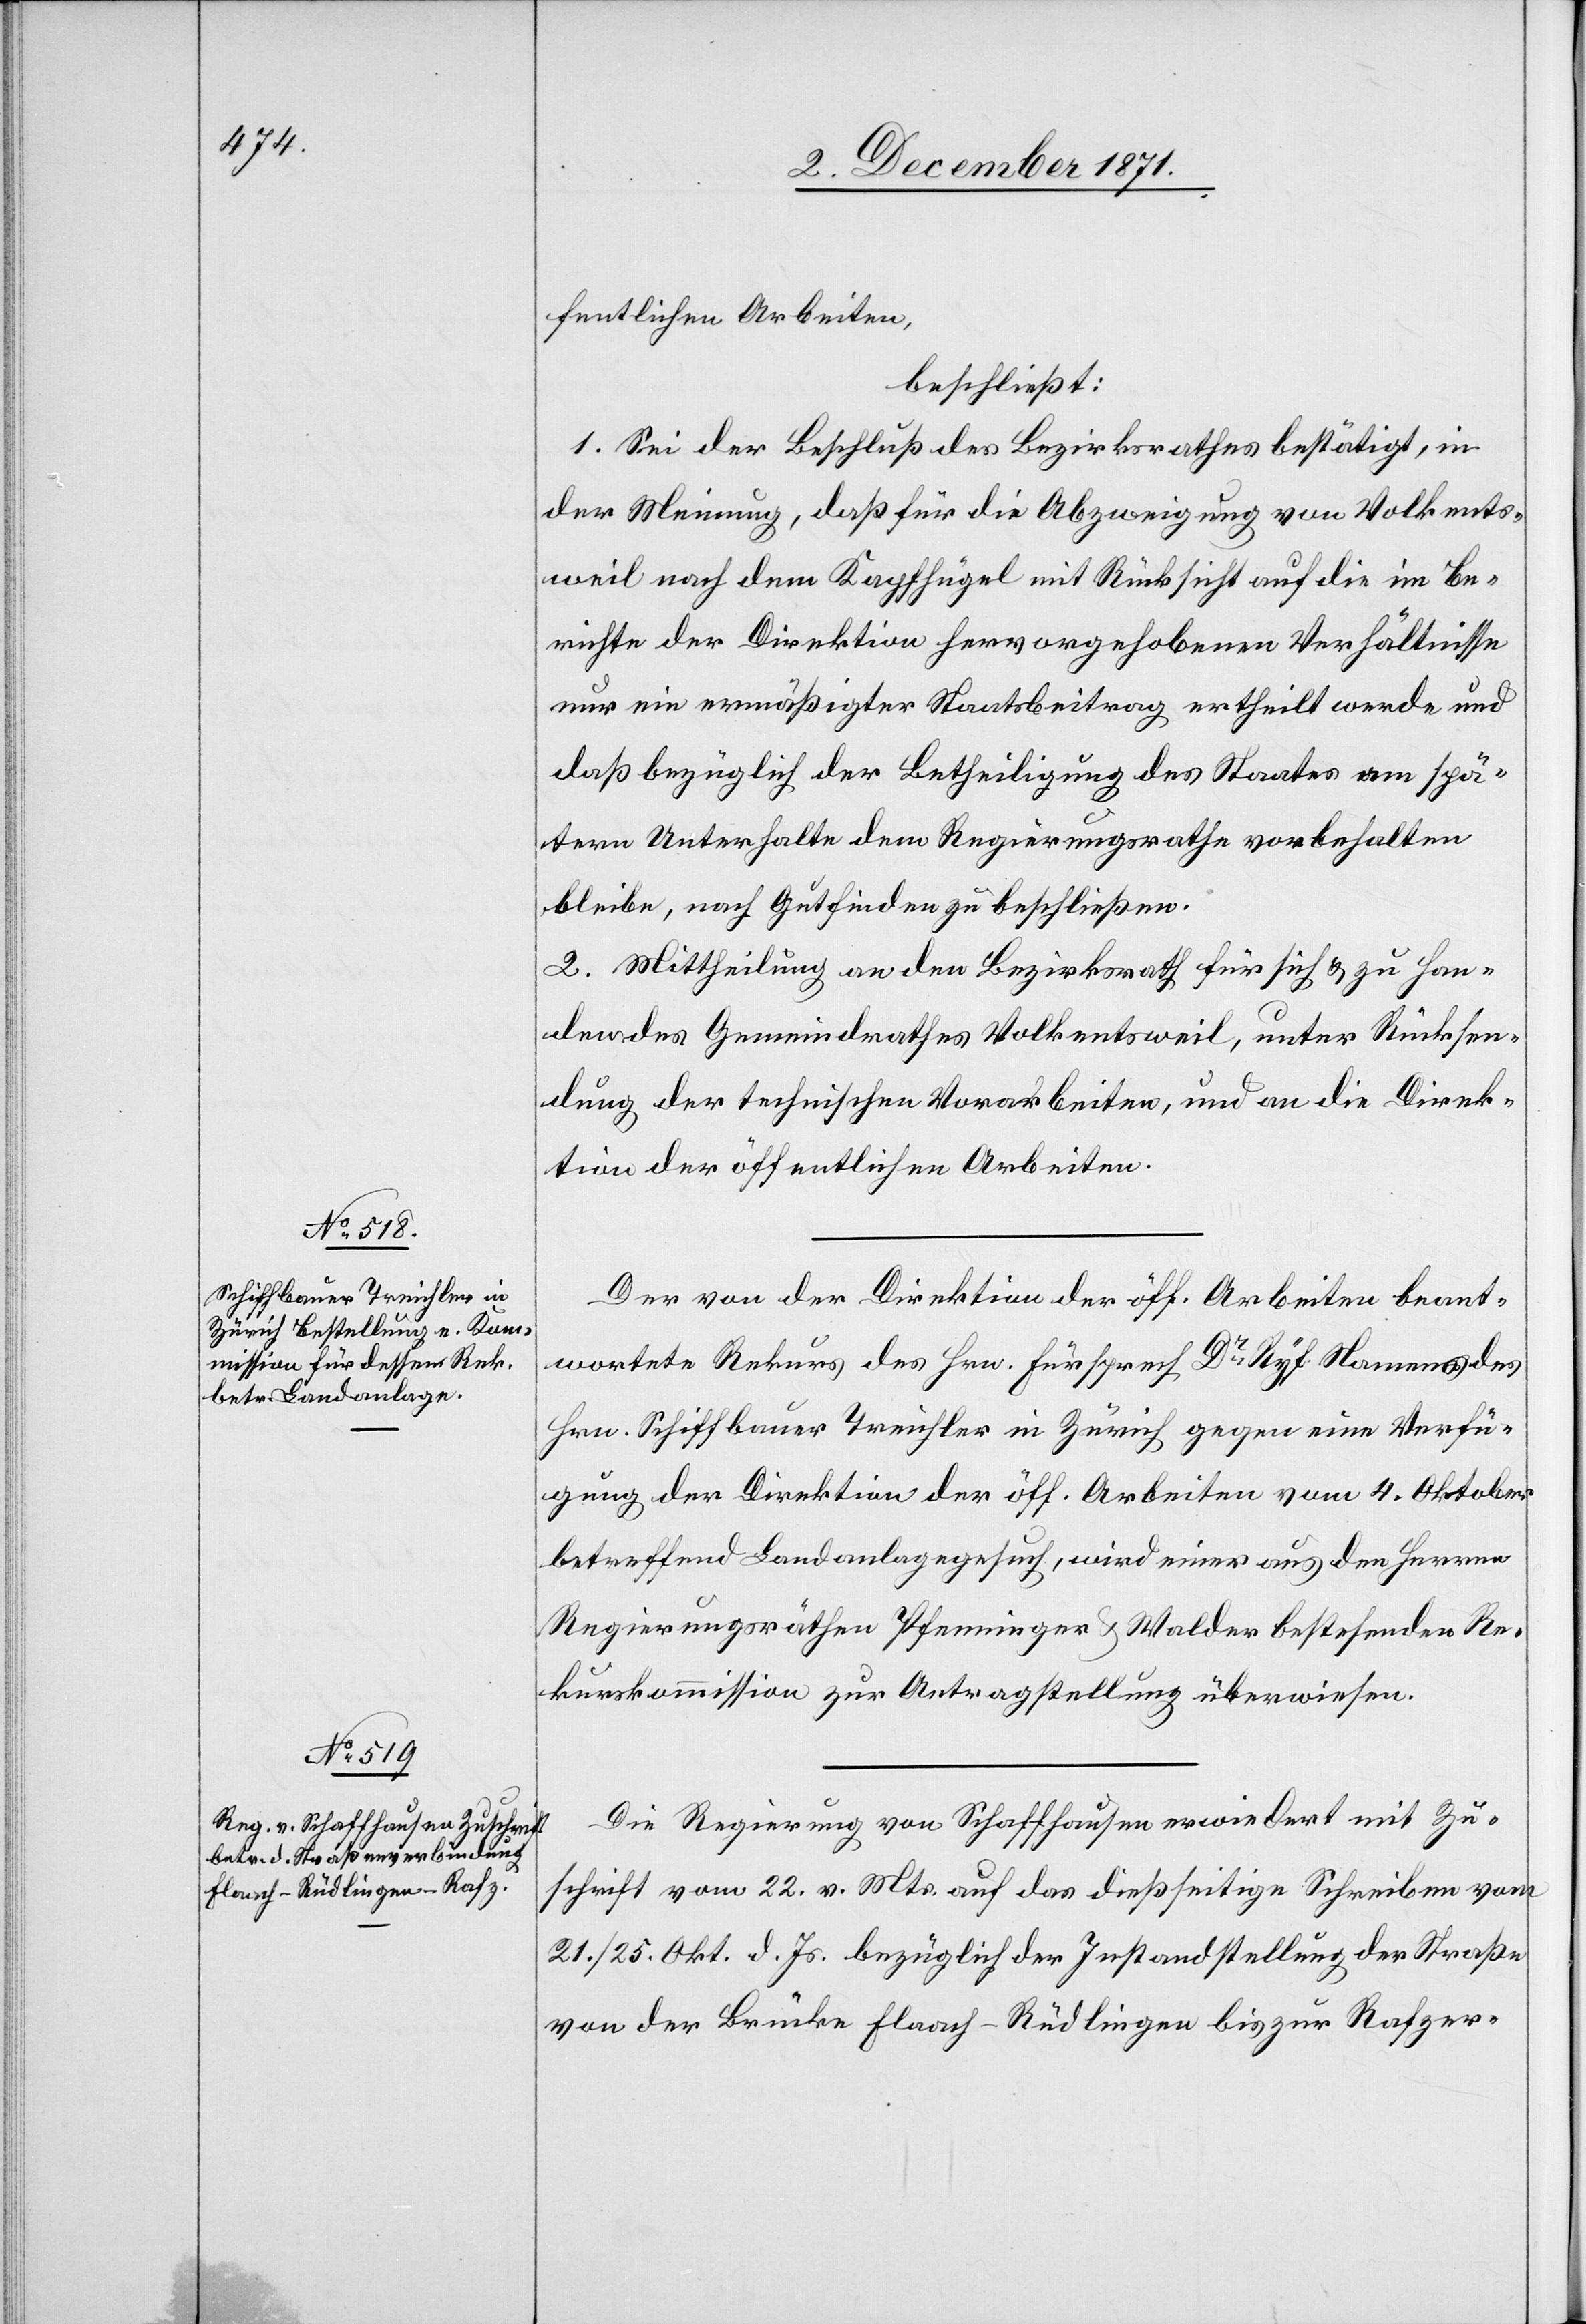
fentlichen Arbeiten,
beschließt:
1. Sei der Beschluß des Bezirksrathes bestätigt, in
der Meinung, daß für die Abzweigung von Volkents¬
weil nach dem Kapfhügel mit Rücksicht auf die im Be¬
richte der Direktion hervorgehobenen Verhältnisse
nur ein ermäßigter Staatsbeitrag ertheilt werde und
daß bezüglich der Betheiligung des Staates am spä¬
tern Unterhalte dem Regierungsrathe vorbehalten
bleibe, nach Gutfinden zu beschließen.
2. Mittheilung an den Bezirksrath für sich & zu Han¬
den des Gemeindrathes Volkentsweil, unter Rücksen¬
dung der technischen Vorarbeiten, und an die Direk¬
tion der öffentlichen Arbeiten.
Der von der Direktion der öff. Arbeiten beant¬
wortete Rekurs des Hrn. Fürsprech Dr. Ryf Namens des
Hrn. Schiffbauer Treichler in Zürich gegen eine Verfü¬
gung der Direktion der öff. Arbeiten vom 4. Oktober
betreffend Landanlagegesuch, wird einer aus den Herren
Regierungsräthen Pfenninger & Walder bestehenden Re¬
kurskommission zur Antragstellung überwiesen.
Die Regierung von Schaffhausen erwiedert mit Zu¬
schrift vom 22. v. Mts. auf das dießseitige Schreiben vom
21. / 25. Okt. d. Js. bezüglich der Instandstellung der Straße
von der Brücke Flaach–Rüdlingen bis zur Rafzer-